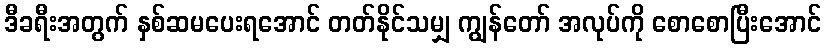
ဒီခရီးအတွက် နှစ်ဆမပေးရအောင် တတ်နိုင်သမျှ ကျွန်တော် အလုပ်ကို စောစောပြီးအောင်